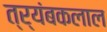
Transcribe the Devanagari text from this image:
त्र्यंबकलाल